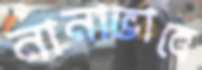
নানাভাবে